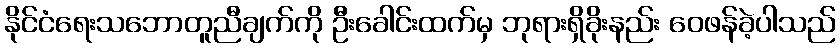
နိုင်ငံရေးသဘောတူညီချက်ကို ဦးခေါင်းထက်မှ ဘုရားရှိခိုးနည်း ဝေဖန်ခဲ့ပါသည်